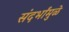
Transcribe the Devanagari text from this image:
संदर्भांमुळे